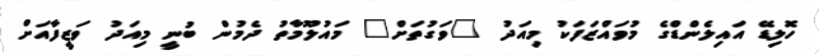
ހޮލިޑޭ އައިލެންޑްގެ މުވައްޒަފަކު މިއަދު "ވަގުތަށް" މައުލޫމާތު ދެމުން ބުނީ މިއަދު ވަޒީފާއަށް